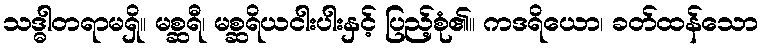
သဒ္ဓါတရာမရှိ။ မစ္ဆရီ၊ မစ္ဆရိယငါးပါးနှင့် ပြည့်စုံ၏။ ကဒရိယော၊ ခတ်ထန်သော